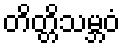
တိတ္တိသမ္ဘဝံ